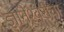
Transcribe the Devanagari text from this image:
ज्ञानेश्‍वरीचा